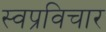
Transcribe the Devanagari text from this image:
स्वप्रविचार